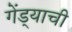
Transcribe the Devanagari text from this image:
गेंड्याची